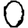
Digit: 0